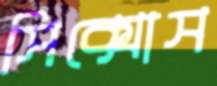
সিক্সোস